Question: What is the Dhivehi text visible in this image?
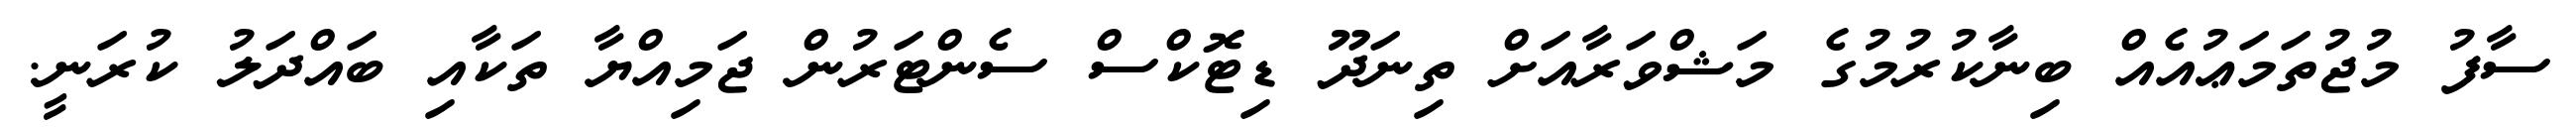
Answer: ސާފު މުޖުތަމަޢުއެއް ބިނާކުރުމުގެ މަޝްވަރާއަށް ތިނަދޫ ޑިޓޮކްސް ސެންޓަރުން ޖަމިއްޔާ ތަކާއި ބައްދަލު ކުރަނީ.